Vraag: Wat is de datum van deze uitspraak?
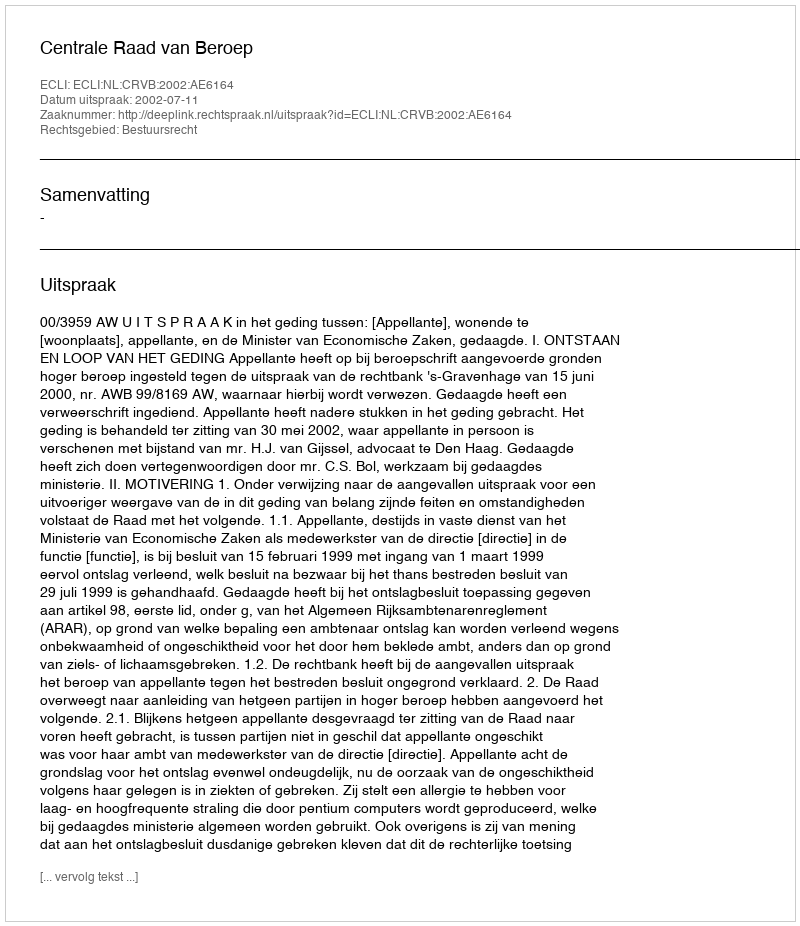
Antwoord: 2002-07-11